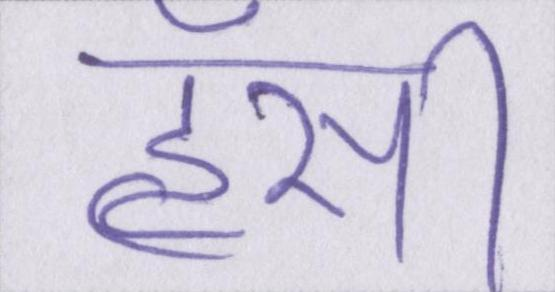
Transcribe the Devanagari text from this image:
हॅसी